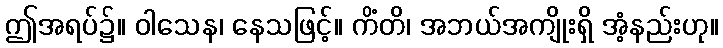
ဤအရပ်၌။ ဝါသေန၊ နေသဖြင့်။ ကိံတိ၊ အဘယ်အကျိုးရှိ အံ့နည်းဟု။